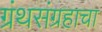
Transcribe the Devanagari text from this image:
ग्रंथसंग्रहाचा